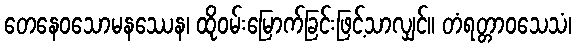
တေနေဝသောမနဿေန၊ ထိုဝမ်းမြောက်ခြင်းဖြင့်သာလျှင်။ တံရတ္တာဝသေသံ၊